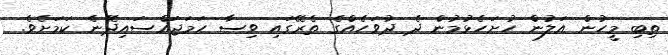
ތިބި މީހުން އަލުން ހުށަހެޅުމުން ދެ ދުވަހެއްގެ ތެރޭގައި ވިސާ ހަމަޖައްސައިދޭނެ ކަމަށެވެ.